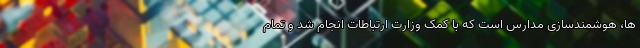
ها، هوشمندسازی مدارس است که با کمک وزارت ارتباطات انجام شد و تمام